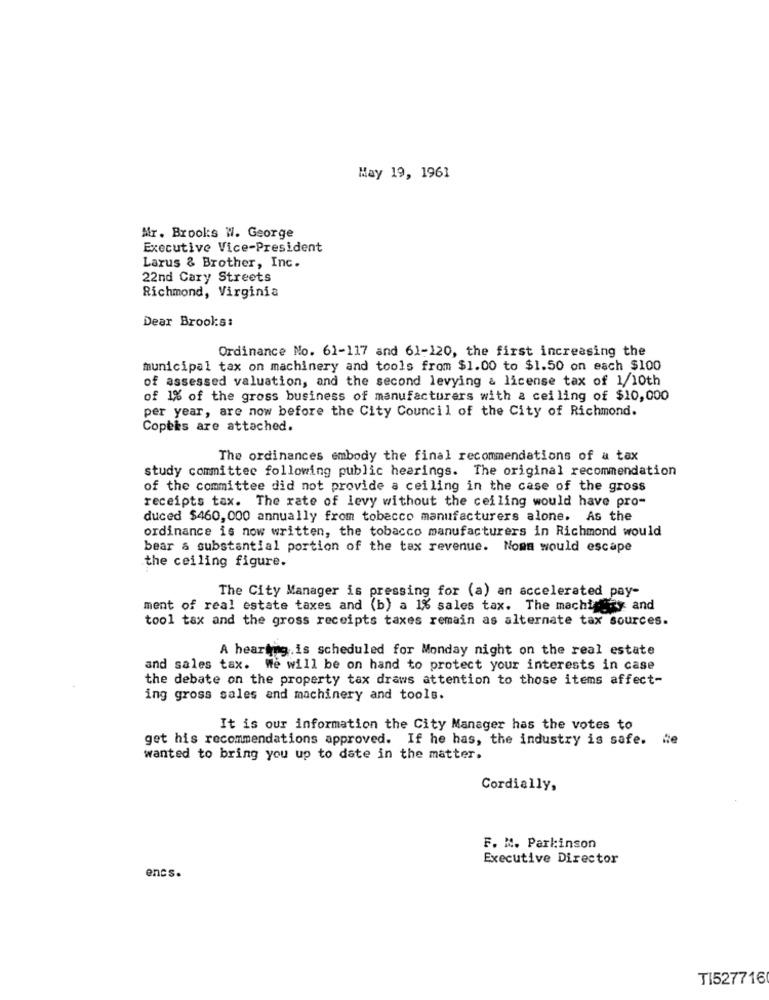
May 19, 1961
Mr. Brooks W. George
Executive Vice-President
Larus & Brother, Inc.
22nd Cary Streets
Richmond, Virginia
Dear Brook:s:
Ordinance No. 61-117 and 61-120, the first increasing the
municipal tax on machinery and tools from $1.00 to $1.50 on each $100
of assessed valuation, and the second levying & license tax of 1/10th
of 1% of the gross business of manufacturers with a ceiling of $10,000
per year, are now before the City Council of the City of Richmond.
Copeks are attached.
The ordinances embody the final recommendations of a tax
study committee following public hearings. The original recommendation
of the committee did not provide a ceiling in the case of the gross
receipts tax. The rate of levy without the ceiling would have pro-
duced $460, 000 annually from tobacco manufacturers alone. As the
ordinance is now written, the tobacco manufacturers in Richmond would
bear & substantial portion of the tax revenue. Noma would escape
the ceiling figure.
The City Manager is pressing for (a) an accelerated pay-
ment of real estate taxes and (b) a 1% sales tax. The machinery and
tool tax and the gross receipts taxes remain as alternate tax sources.
A hearing is scheduled for Monday night on the real estate
and sales tax. We will be on hand to protect your interests in case
the debate on the property tax draws attention to those items affect-
ing gross sales and machinery and tools.
It is our information the City Manager has the votes to
get his recommendations approved. If he has, the industry is safe. le
wanted to bring you up to date in the matter.
Cordially,
F. M. Parkinson
Executive Director
encs.
TI527716